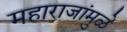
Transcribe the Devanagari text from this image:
महाराजांमुळे